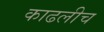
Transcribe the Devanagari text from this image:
काढलीच